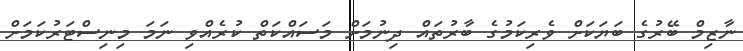
ނާޒިމް ބޭރުގެ ބަޔަކަށް ވެރިކަމުގެ ބާރުތައް ދިނުމަށް މަސައްކަތް ކުރެއްވި ނަމަ މިނިސްޓަރުކަމަށް